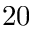
2 0